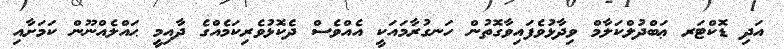
އަދި ޑޮކްޓަރ ޢަބްދުލްކަލާމް ވިދާޅުވެފައިވާގޮތުން ހަނގުރާމައަކީ އެއްވެސް ދެކޮޅުވެރިކަމެއްގެ ދާއިމީ ޙައްލެއްނޫން ކަމަށާއި